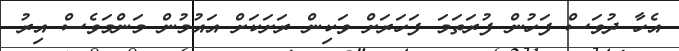
އެހާ ދުވަސް ފަހުން ފުރަތަމަ ފަހަރަށް ވަކިން ރަށަކަށް އައުމުން މަންމަވެސް އިރު